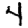
Digit: 4